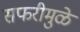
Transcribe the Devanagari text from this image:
सफरीमुळे